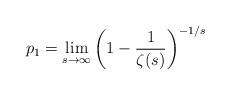
LaTeX: \begin{align*}p_1 = \lim_{s\to\infty} \left(1-\frac{1}{\zeta(s)}\right)^{-1/s}\end{align*}